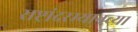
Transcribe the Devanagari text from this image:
राष्ट्रांदरम्यानच्या